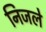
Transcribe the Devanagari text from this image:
निजले